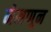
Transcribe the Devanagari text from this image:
नेमणून